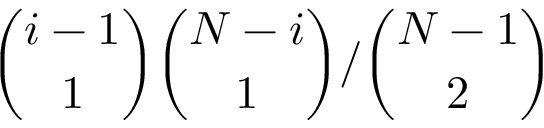
\binom { i - 1 } { 1 } \binom { N - i } { 1 } / \binom { N - 1 } { 2 }